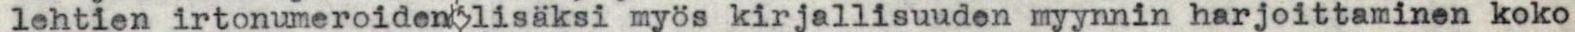
lehtien irtonumeroiden lisäksi myös kirjallisuuden myynnin harjoittaminen koko